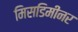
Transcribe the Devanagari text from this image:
मिसडिमीनर